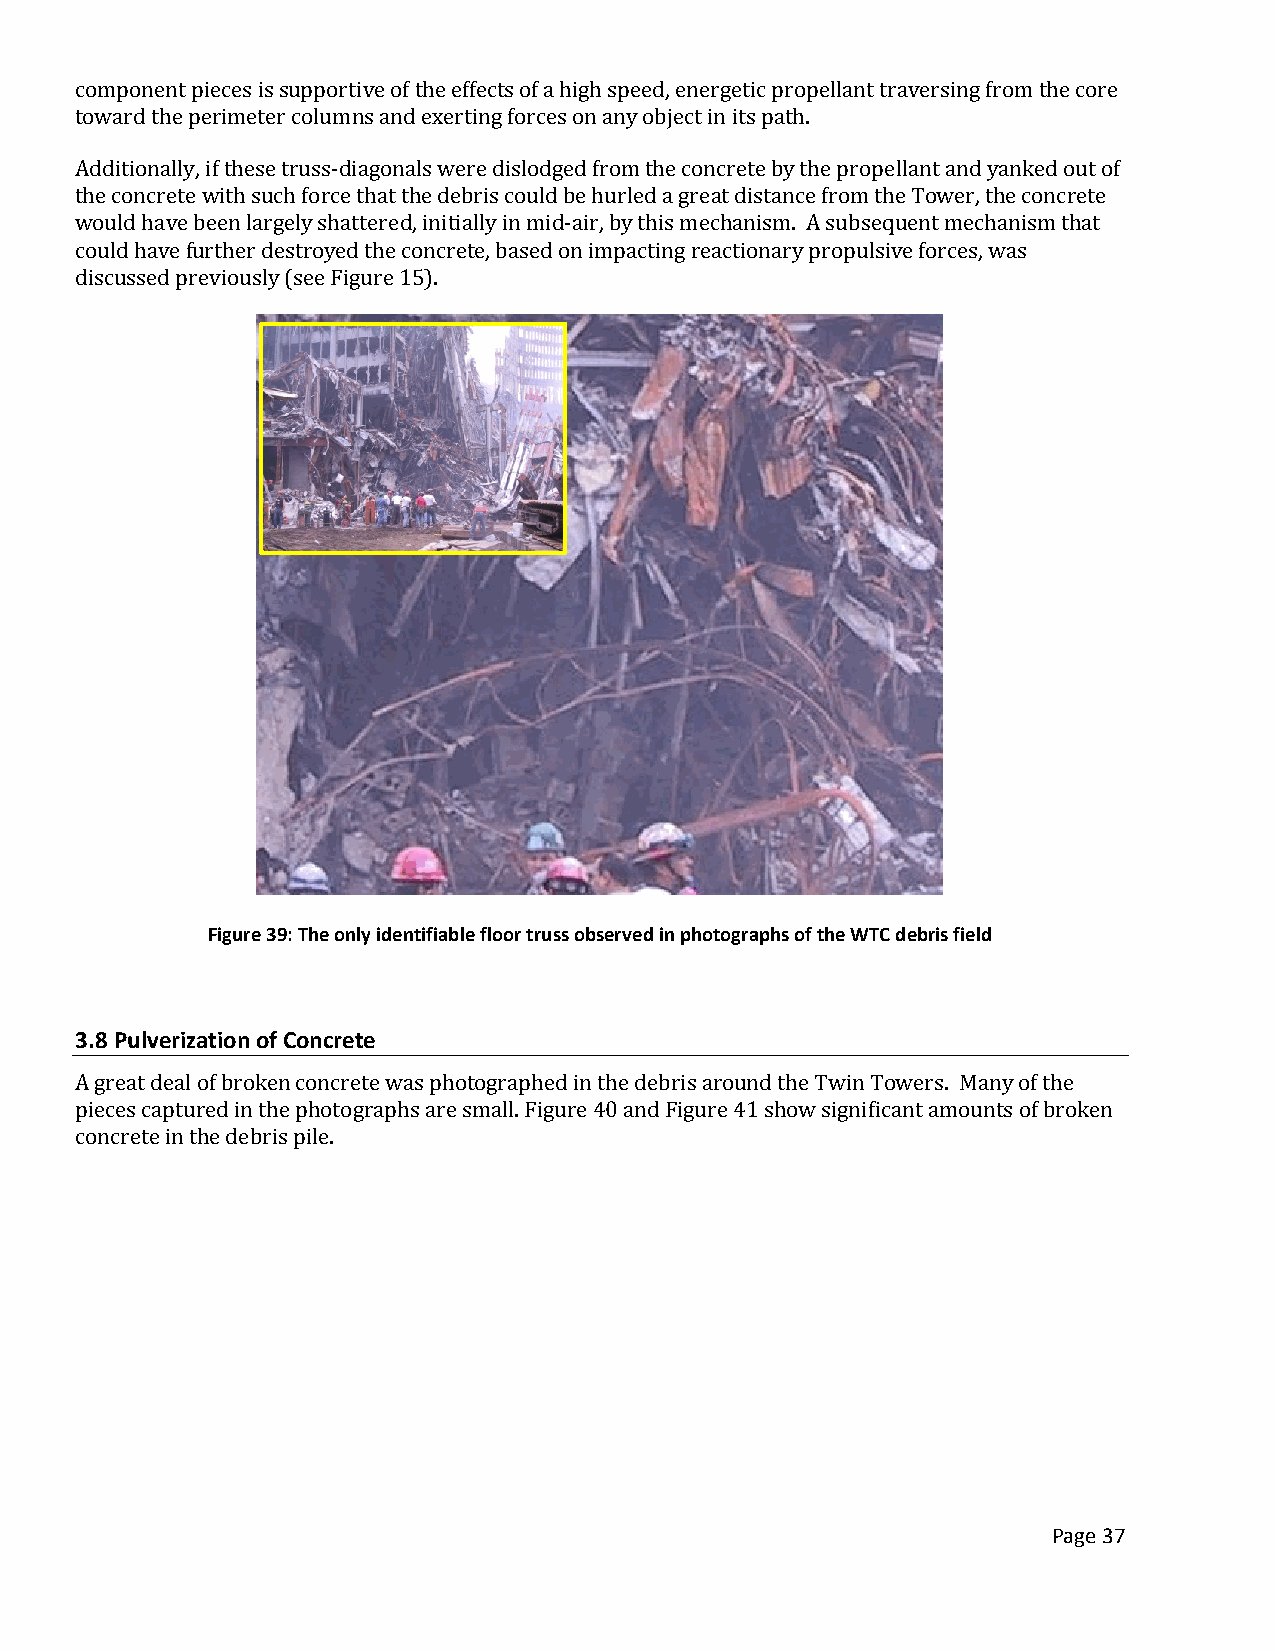
component pieces is supportive of the effects of a high speed, energetic propellant traversing from the core
 toward the perimeter columns and exerting forces on any object in its path.
 Additionally, if these truss-diagonals were dislodged from the concrete by the propellant and yanked out of
 the concrete with such force that the debris could be hurled a great distance from the Tower, the concrete
 would have been largely shattered, initially in mid-air, by this mechanism. A subsequent mechanism that
 could have further destroyed the concrete, based on impacting reactionary propulsive forces, was
 discussed previously (see Figure 15).
 Figure 39: The only identifiable floor truss observed in photographs of the WTC debris field
 3.8 Pulverization of Concrete
 A great deal of broken concrete was photographed in the debris around the Twin Towers. Many of the
 pieces captured in the photographs are small. Figure 40 and Figure 41 show significant amounts of broken
 concrete in the debris pile.
 Page 37